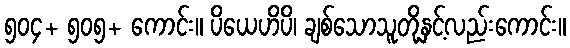
၅၀၄+ ၅၀၅+ ကောင်း။ ပိယေဟိပိ၊ ချစ်သောသူတို့နှင့်လည်းကောင်း။